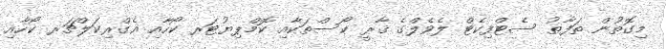
މިގޮތުން ތަފާތު ސެޓްފިކެޓް ލެވެލްގެ ޤާރީ ކޯސްތަކާއި ކޮމްޕިޔުޓަރ ކޯހާއި އެގްރިކަލްޗަރ ކޯހާއި